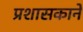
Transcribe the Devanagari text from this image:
प्रशासकाने